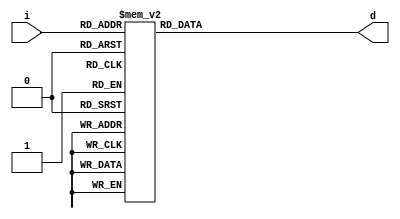
module decoder (i, d);
  
  input [4:0] i;
  output reg[6:0] d;
  
  always @* begin
    case (i)
      5'b00000: d = 7'b1000111;
      5'b00001: d = 7'b1111110;
      5'b00010: d = 7'b1001111;
      5'b00011: d = 7'b0110000;
      5'b00100: d = 7'b0111101;
      5'b00101: d = 7'b1101101;
      5'b00110: d = 7'b1001110;
      5'b00111: d = 7'b1111001;
      
      
      5'b01000: d = 7'b0011111;
      5'b01001: d = 7'b0110011;
      5'b01010: d = 7'b1110111;
      5'b01011: d = 7'b1011011;
      5'b01100: d = 7'b1110011;
      5'b01101: d = 7'b1011111;
      5'b01110: d = 7'b1111111;
      5'b01111: d = 7'b1110000;
      
      
      5'b10000: d = 7'b1110000;
      5'b10001: d = 7'b1111111;
      5'b10010: d = 7'b1011111;
      5'b10011: d = 7'b1110011;
      5'b10100: d = 7'b1011011;
      5'b10101: d = 7'b1110111;
      5'b10110: d = 7'b0110011;
      5'b10111: d = 7'b0011111;
      
      
      5'b11000: d = 7'b1111001;
      5'b11001: d = 7'b1001110;
      5'b10010: d = 7'b1101101;
      5'b11011: d = 7'b0111101;
      5'b11100: d = 7'b0110000;
      5'b11101: d = 7'b1001111;
      5'b11110: d = 7'b1111110;
      5'b11111: d = 7'b1000111;
      default: d = 7'b1111111;
    endcase
  end
endmodule